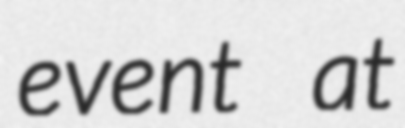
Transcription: event at